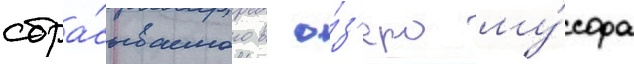
сбра́сываемого в о́з'еро му́сора